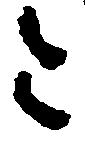
令